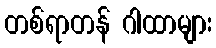
တစ်ရာတန် ဂါထာများ